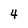
Character: 4